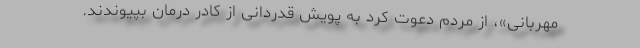
مهربانی»، از مردم دعوت کرد به پویش قدردانی از کادر درمان بپیوندند.